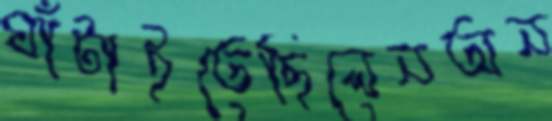
ঘাঁটাইতেছিলেনঅন